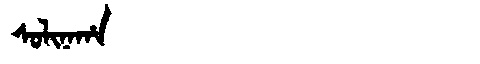
Manchu: ᠰᠣᠯᡳᠨᠠᡥᠠ
Romanization: SOLINAHA